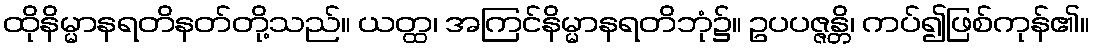
ထိုနိမ္မာနရတိနတ်တို့သည်။ ယတ္ထ၊ အကြင်နိမ္မာနရတိဘုံ၌။ ဥပပဇ္ဇန္တိ၊ ကပ်၍ဖြစ်ကုန်၏။